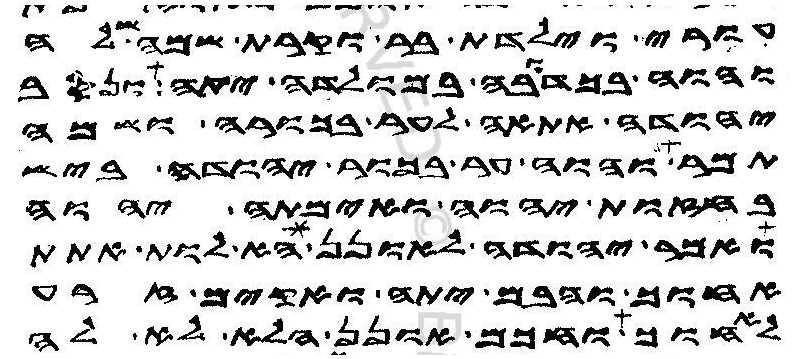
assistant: עורי וילדת בר וקרת שמה שלה
והוה בכדובה במולדה יתה ונסב
יהודה אתאה לער בכורה ושמה
תמר והוה ער בכור יהודה ביש
בחזות יהוה ואימתה יהוה
ואמר יהודה לאונן הא לות אתת
אחוך והבם יתה ואקים זרע
לאחוך וחכם אונן הלא לא לה